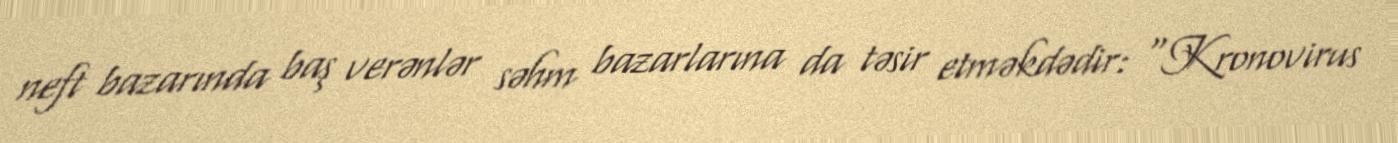
neft bazarında baş verənlər səhm bazarlarına da təsir etməkdədir: “Kronovirus